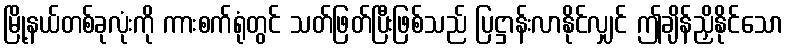
မြို့နယ်တစ်ခုလုံးကို ကားစက်ရုံတွင် သတ်ဖြတ်ပြီးဖြစ်သည် ပြဋ္ဌာန်းလာနိုင်လျှင် ဤချိန်ညှိနိုင်သော